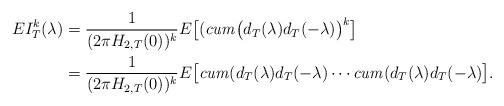
\begin{align*}EI_{T}^{k}(\lambda)&{}=\frac{1}{(2\pi H_{2,T}(0))^{k}}E \bigl[(\mathit{cum}\bigl(d_{T}(\lambda)d_{T}(-\lambda) \bigr)^{k}\bigr]\\&{}=\frac{1}{(2\pi H_{2,T}(0))^{k}}E \bigl[\mathit{cum}(d_{T}(\lambda)d_{T}(-\lambda)\cdots \mathit{cum}(d_{T}(\lambda)d_{T}(-\lambda) \bigr].\end{align*}